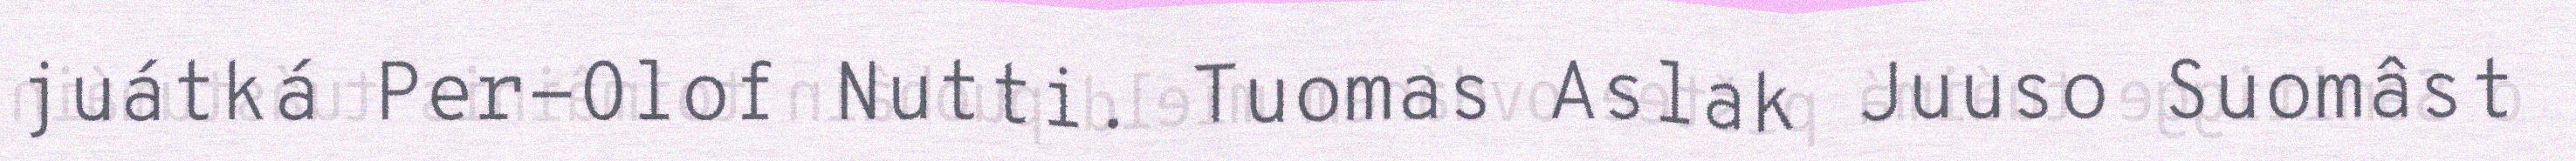
juátká Per-Olof Nutti. Tuomas Aslak Juuso Suomâst